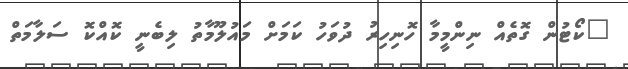
"ކޯޓުން ގޮތެއް ނިންމީމާ ހޮނިހިރު ދުވަހު ކަމަށް މައުލޫމާތު ލިބެނީ ކޮއްކޮ ސަލާމަތް